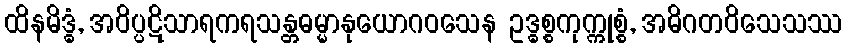
ထိနမိဒ္ဓံ, အဝိပ္ပဋိသာရကရသန္တဓမ္မာနုယောဂဝသေန ဥဒ္ဓစ္စကုက္ကုစ္စံ, အဓိဂတဝိသေသဿ